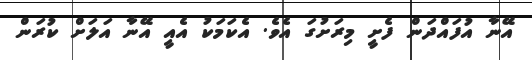
އޭނާ އުފައްދަން ފެށީ މިރަށުގަ އެވެ. އެކަމަކު އެއީ އޭނާ އަލަށް ކުރަން